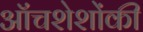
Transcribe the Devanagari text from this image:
ऑंचशेशोंकी